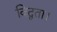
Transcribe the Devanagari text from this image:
विद्वता।